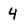
Character: 4